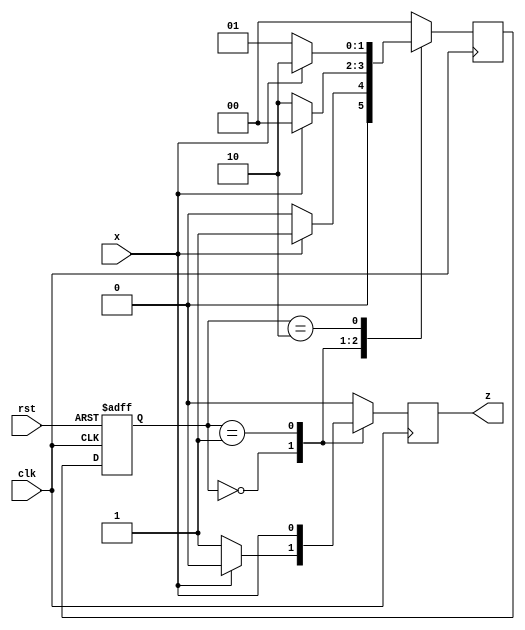
`timescale 1ns / 1ps
//////////////////////////////////////////////////////////////////////////////////
// Company: 
// Engineer: 
// 
// Design Name: 
// Module Name:    modulo_3 
// Project Name: 
// Target Devices: 
// Tool versions: 
// Description: 
//
// Dependencies: 
//
// Revision: 
// Revision 0.01 - File Created
// Additional Comments: 
//
//////////////////////////////////////////////////////////////////////////////////

// Assignment number - 5
// Problem number - 3 (source file)
// Semester - 5 (Aut 2021)
// Group number - 5
// Group Member 1 - Suryam Arnav Kalra (19CS30050)
// Group Member 2 - Kunal Singh (19CS30025)

module modulo_3(x, clk, rst, z);
	input x, clk, rst;
	output reg z;
	parameter S0 = 0, S1 = 1, S2 = 2;
	reg[1:0] PS, NS;
	
	always @(posedge clk or posedge rst) begin
	// this is to make present state = S0 if reset else present state = next computed state at the positive edge of clock
		if(rst) begin
			PS <= S0;
		end
		else begin
			PS <= NS;
		end
	end
	// output logic
	always @(negedge clk) begin
		case (PS)
			S0: begin
			// at state S0 the output is just opposite of what we have in input
				z = (x) ? 0 : 1;
			end
			S1: begin
			// at state S1 whatever we see as input we give as ouput
				z = x;
			end
			S2: begin
			// at state S2 the output is always 0
				z = 0;
			end
			default: begin
				z = 0;
			end
		endcase
	end
	
	// next state logic
	always @(negedge clk) begin
		case (PS)
			S0: begin
			// if PS = S0, NS = S1 (if x = 1) and NS = S0 (if x = 0) 
				NS = (x) ? S1 : S0;
			end
			S1: begin
			// if PS = S1, NS = S0 (if x = 1) and NS = S2 (if x = 0) 
				NS = (x) ? S0 : S2;
			end
			S2: begin
			// if PS = S2, NS = S2 (if x = 1) and NS = S1 (if x = 0) 
				NS = (x) ? S2 : S1;
			end
			default: begin
				NS = S0;
			end
		endcase
	end

endmodule